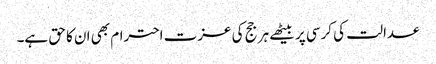
عدالت کی کرسی پر بیٹھے ہر جج کی عزت احترام بھی ان کا حق ہے۔